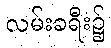
လမ်းခရီး၌